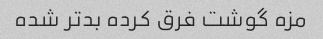
مزه گوشت فرق کرده بدتر شده